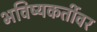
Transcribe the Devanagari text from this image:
भविष्यकर्तीवर